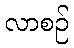
လာစဉ်